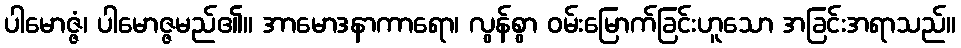
ပါမောဇ္ဇံ၊ ပါမောဇ္ဇမည်၏။ အာမောဒနာကာရော၊ လွန်စွာ ဝမ်းမြောက်ခြင်းဟူသော အခြင်းအရာသည်။